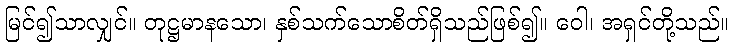
မြင်၍သာလျှင်။ တုဋ္ဌမာနသော၊ နှစ်သက်သောစိတ်ရှိသည်ဖြစ်၍။ ဝေါ၊ အရှင်တို့သည်။